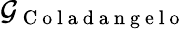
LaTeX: \mathcal{G}_{\mathrm{~C~o~l~a~d~a~n~g~e~l~o~}}